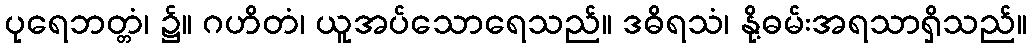
ပုရေဘတ္တံ၊ ၌။ ဂဟိတံ၊ ယူအပ်သောရေသည်။ ဒဓိရသံ၊ နို့ဓမ်းအရသာရှိသည်။